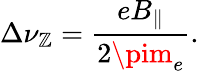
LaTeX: \Delta\nu_{\mathbb{Z}}=\frac{{eB_{\parallel}}}{{2\pim_{e}}}.